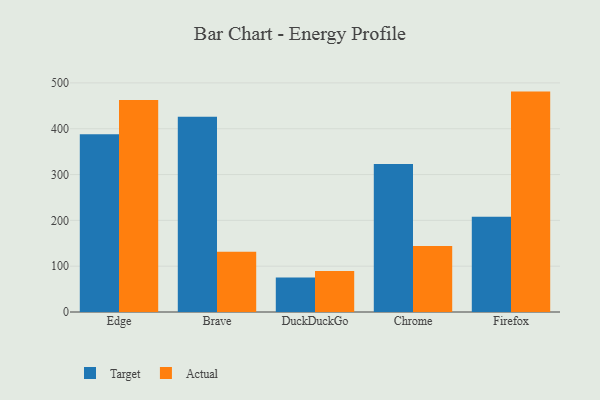
{"axis": {"x": "Browser", "y": "Temperature (°C)"}, "legend": ["Actual", "Target"], "data": [{"x": "Edge", "y": 387.9, "type": "Target"}, {"x": "Edge", "y": 462.6, "type": "Actual"}, {"x": "Brave", "y": 425.9, "type": "Target"}, {"x": "Brave", "y": 131.6, "type": "Actual"}, {"x": "DuckDuckGo", "y": 75.5, "type": "Target"}, {"x": "DuckDuckGo", "y": 89.6, "type": "Actual"}, {"x": "Chrome", "y": 323.0, "type": "Target"}, {"x": "Chrome", "y": 144.2, "type": "Actual"}, {"x": "Firefox", "y": 208.1, "type": "Target"}, {"x": "Firefox", "y": 481.0, "type": "Actual"}]}